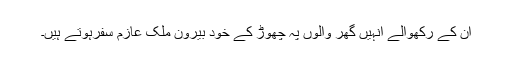
ان کے رکھوالے انہیں گھر والوں پہ چھوڑ کے خود بیرون ملک عازم سفرہوتے ہیں۔